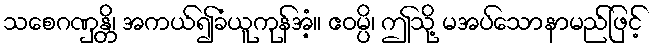
သစေဂဏှန္တိ၊ အကယ်၍ခံယူကုန်အံ့။ ဧဝမ္ပိ၊ ဤသို့ မအပ်သောနာမည်ဖြင့်